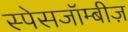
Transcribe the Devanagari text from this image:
स्पेसजॉम्बीज़